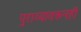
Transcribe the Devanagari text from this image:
पुराव्यावरूनही